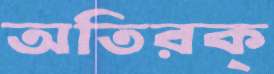
অতিরক্